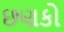
છણકો